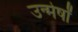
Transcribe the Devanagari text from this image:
उन्मेर्षों